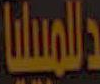
المبيليا